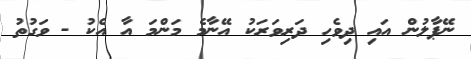
ނޭޕާލުން އައި ދިވެހި ދަރިވަރަކު އޭނާމެ މަންމަ އާ އެކު - ވަގުތު